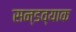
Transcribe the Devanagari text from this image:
सन्डव्याक